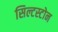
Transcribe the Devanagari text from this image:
सिल्टस्टोन